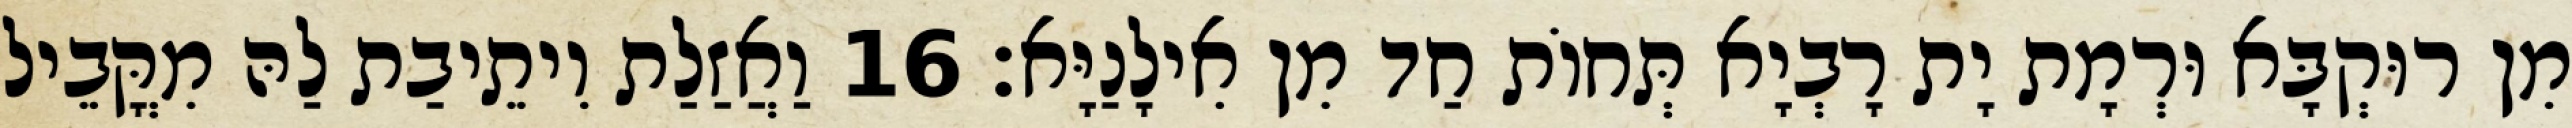
מִן רוּקְבָּא וּרְמָת יָת רָבְיָא תְּחוֹת חַד מִן אִילָנַיָּא׃ 16 וַאֲזַלַת וִיתֵיבַת לַהּ מִקֳּבֵיל